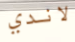
لاندي